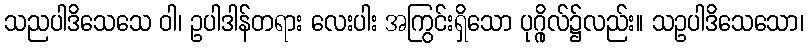
သညပါဒိသေသေ ဝါ၊ ဥပါဒါန်တရား လေးပါး အကြွင်းရှိသော ပုဂ္ဂိုလ်၌လည်း။ သဥပါဒိသေသော၊